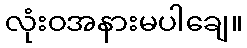
လုံးဝအနားမပါချေ။